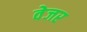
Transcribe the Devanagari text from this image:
वेजर